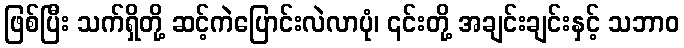
ဖြစ်ပြီး သက်ရှိတို့ ဆင့်ကဲပြောင်းလဲလာပုံ၊ ၎င်းတို့ အချင်းချင်းနှင့် သဘာဝ